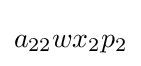
a_{22}wx_{2}p_{2}